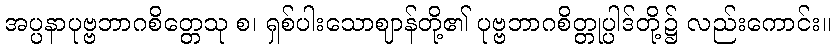
အပ္ပနာပုဗ္ဗဘာဂစိတ္တေသု စ၊ ရှစ်ပါးသောဈာန်တို့၏ ပုဗ္ဗဘာဂစိတ္တုပ္ပါဒ်တို့၌ လည်းကောင်း။